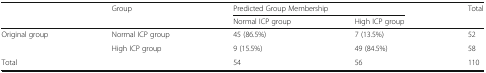
| <ROWSPAN=2>  | <ROWSPAN=2> Group | <COLSPAN=2> Predicted Group Membership | <ROWSPAN=2> Total |
 | Normal ICP group | High ICP group |
 | --- | --- | --- | --- | --- |
 | <ROWSPAN=2> Original group | Normal ICP group | 45 (86.5%) | 7 (13.5%) | 52 |
 | High ICP group | 9 (15.5%) | 49 (84.5%) | 58 |
 | Total |  | 54 | 56 | 110 |